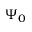
\Psi _ { 0 }